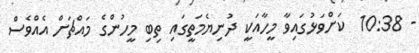
- 10:38  ކަށްވަޅުގައިވާ މީހާއަކީ ދުނިޔެމަތީގައި ތިބި މީހުންގެ މައްޗަށް އެއްވެސް